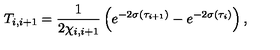
T _ { i , i + 1 } = { \frac { 1 } { \displaystyle { 2 \chi _ { i , i + 1 } } } } \left( e ^ { - 2 \sigma ( \tau _ { i + 1 } ) } - e ^ { - 2 \sigma ( \tau _ { i } ) } \right) , \,